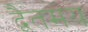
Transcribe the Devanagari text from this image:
द्वैतमय